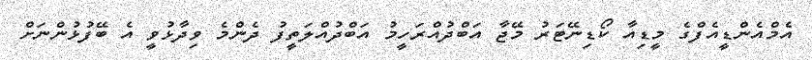
އެމްއެންޑީއެފްގެ މީޑިއާ ކޯޑިނޭޓަރު މޭޖާ އަބްދުއްރަހީމު އަބްދުއްލަތީފު ދެންމެ ވިދާޅުވީ އެ ބޭފުޅުންނަށް